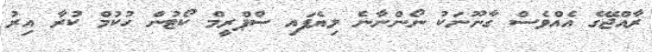
ރާއްޖޭގެ އެއްވެސް ގާނޫނަކު ނޯންނާނެ ލިޔެފައި ސްޕްރީމް ކޯޓުން ހުކުމް ކުރާ އިރު